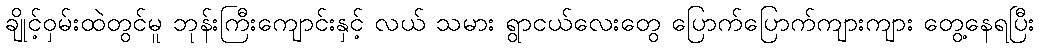
ချိုင့်ဝှမ်းထဲတွင်မူ ဘုန်းကြီးကျောင်းနှင့် လယ် သမား ရွာငယ်လေးတွေ ပြောက်ပြောက်ကျားကျား တွေ့နေရပြီး